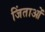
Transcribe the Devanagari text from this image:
जिंताओं